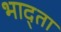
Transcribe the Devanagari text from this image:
भाद्ता